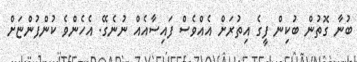
ބުނާ ގޮތުން ބުކިންް ފީގެ އިތުރަށް އެއްވެސް ފައިސާއެއް ނުނެގޭ. އެހެންވެ ކުންފުންޏަށް